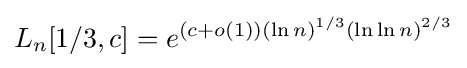
L_{n}[1/3,c]=e^{(c+o(1))(\ln n)^{1/3}(\ln \ln n)^{2/3}}